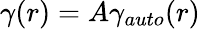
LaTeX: \begin{array}{r}{\gamma(r)=A\gamma_{auto}(r)}\end{array}